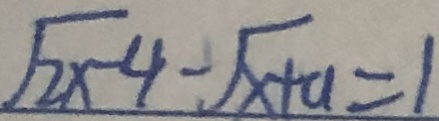
\sqrt { 2 x - 4 } - \sqrt { x + a } = 1